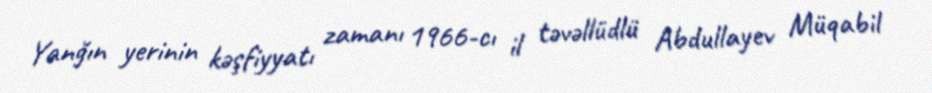
Yanğın yerinin kəşfiyyatı zamanı 1966-cı il təvəllüdlü Abdullayev Müqabil